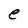
Character: e